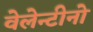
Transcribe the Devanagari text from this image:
वेलेन्टीनो